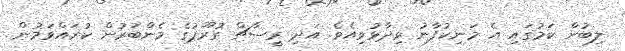
ލިބުން ކަމުގައި އެ މަނިކުފާނު ވިދާޅުވިއެވެ. އަދި ރީސާޗް ގުރޫޕުގެ މެންބަރުން ކުރައްވަމުން